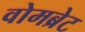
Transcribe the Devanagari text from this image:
वोमब्रेट